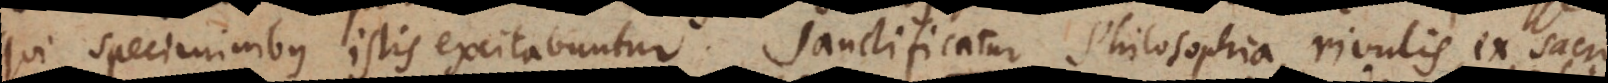
qui speciminibus istis excitabuntur. Sanctificatur Philosophia, rivulis ex sacro